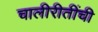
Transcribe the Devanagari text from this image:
चालीरीतींची